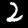
Label: 2